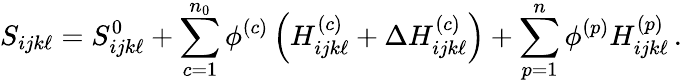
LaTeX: S_{ijk\ell}=S_{ijk\ell}^{0}+\sum_{c=1}^{n_{0}}\phi^{(c)}\left(H_{ijk\ell}^{(c)}+\Delta H_{ijk\ell}^{(c)}\right)+\sum_{p=1}^{n}\phi^{(p)}H_{ijk\ell}^{(p)}\, .